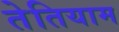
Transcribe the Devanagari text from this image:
तेतियाम